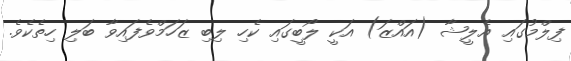
ފިލްމުގައި އެލީޝާ (އައްޒަ) އަކީ ލޯބީގައި ކެހި ލިބި ޒަހަމްވެފައިވާ ބަލި ހިތެކެވެ.